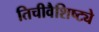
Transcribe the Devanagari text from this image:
तिचीवैशिष्ट्ये